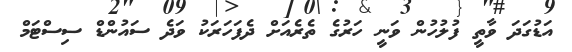
އަޑުގަދަ ވާތީ ފުލުހުން ވަނީ ހަރުގެ ތެރެއަށް ދެފަހަރަކު ވަދެ ސައުންޑް ސިސްޓަމް